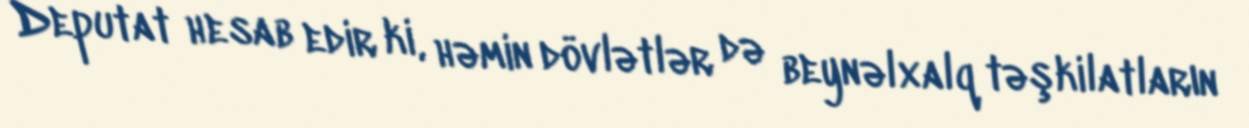
Deputat hesab edir ki, həmin dövlətlər də beynəlxalq təşkilatların